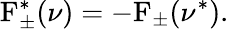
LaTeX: \mathrm{F}_{\pm}^{*}(\nu)=-\mathrm{F}_{\pm}(\nu^{*}).